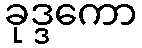
ခုဒ္ဒကော